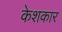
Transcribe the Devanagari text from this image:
केशकार